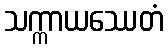
သက္ကာယဿေတံ